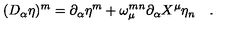
( D _ { \alpha } \eta ) ^ { m } = \partial _ { \alpha } \eta ^ { m } + \omega _ { \mu } ^ { m n } \partial _ { \alpha } X ^ { \mu } \eta _ { n } \quad .